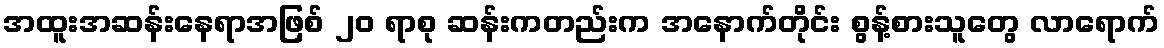
အထူးအဆန်းနေရာအဖြစ် ၂၀ ရာစု ဆန်းကတည်းက အနောက်တိုင်း စွန့်စားသူတွေ လာရောက်